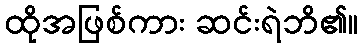
ထိုအဖြစ်ကား ဆင်းရဲဘိ၏။